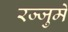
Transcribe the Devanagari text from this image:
रज्जुमें